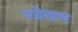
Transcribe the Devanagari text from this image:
वडेखण